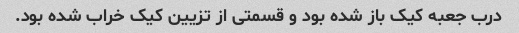
درب جعبه کیک باز شده بود و قسمتی از تزیین کیک خراب شده بود.